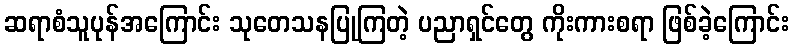
ဆရာစံသူပုန်အကြောင်း သုတေသနပြုကြတဲ့ ပညာရှင်တွေ ကိုးကားစရာ ဖြစ်ခဲ့ကြောင်း